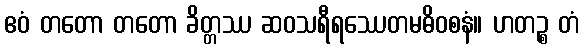
ဧဝံ တတော တတော ခိတ္တဿ ဆဝသရီရဿေတမဓိဝစနံ။ ဟတဉ္စ တံ